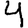
Digit: 4